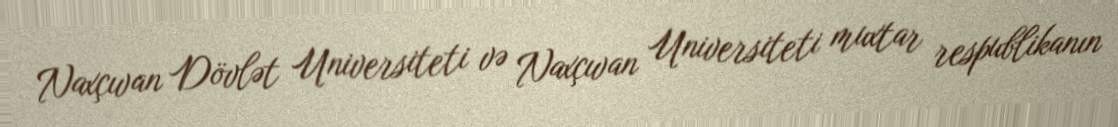
Naxçıvan Dövlət Universiteti və Naxçıvan Universiteti muxtar respublikanın